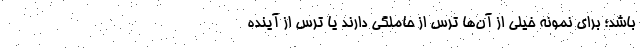
باشد؛ برای نمونه خیلی از آن‌ها ترس از حاملگی دارند یا ترس از آینده